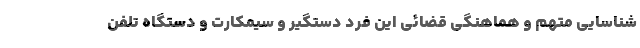
شناسایی متهم و هماهنگی قضائی این فرد دستگیر و سیمکارت و دستگاه تلفن